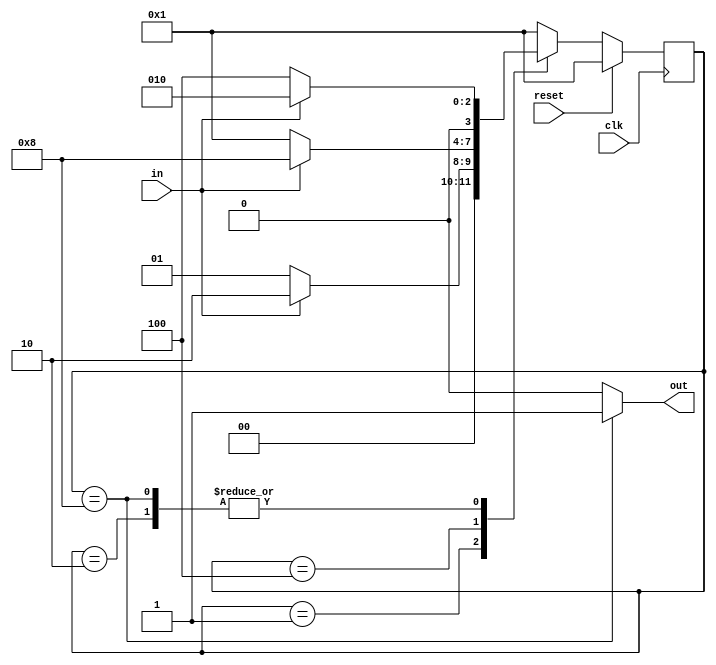
//See also: State transition logic for this FSM

//The following is the state transition table for a Moore state machine with one input, one output, and four states.
//Implement this state machine. Include a synchronous reset that resets the FSM to state A.
//(This is the same problem as Fsm3 but with a synchronous reset.)

//State    Next state    Output
//         in=0   in=1   
//  A      A      B      0
//  B      C      B      0
//  C      A      D      0
//  D      C      B      1

module top_module(
    input clk,
    input in,
    input reset,
    output out); //

    parameter A = 4'b0001,B = 4'b0010,C = 4'b0100,D = 4'b1000;
    reg [3:0] state, next_state;

    // State transition logic
    always @(*) begin
        case (state)
            A: next_state = (in == 0) ? A : B;
            B: next_state = (in == 0) ? C : B;
            C: next_state = (in == 0) ? A : D;
            D: next_state = (in == 0) ? C : B;
            default: next_state = A;
        endcase
    end

    // State flip-flops with synchronous reset
    always @(posedge clk) begin
        if (reset) begin
            state <= A;
        end
        else begin
            state <= next_state;
        end
    end
    
    // Output logic
    assign out = (state == D) ? 1 : 0;
    
endmodule